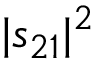
| s _ { 2 1 } | ^ { 2 }